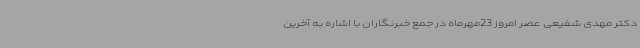
دکتر مهدی شفیعی عصر امروز 23مهرماه در جمع خبرنگاران با اشاره به آخرین